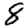
Digit: 8